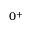
0 ^ { + }